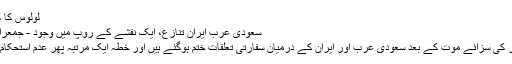
لولوس کا کہنا ہے کہ میں نیوز...
سعودی عرب ایران تنازع، ایک نقشے کے روپ میں وجود - جمعرات 07 جنوری 2016
شیعہ عالم دین نمر النمر کی سزائے موت کے بعد سعودی عرب اور ایران کے درمیان سفارتی تعلقات ختم ہوگئے ہیں اور خطہ ایک مرتبہ پھر عدم استحکام کی جانب بڑھ رہا ہے۔